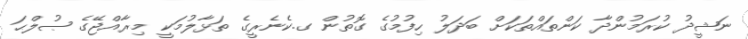
ނަޝީދު ކުރަމުންދާ ކަންތައްތަކަށް ބަދަލު ހިފުމުގެ ގޮތުން ގ.ކެނެރީގެ ތަޅާލުމަކީ މިރާއްޖޭގެ ޞުލްޙަ